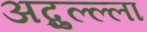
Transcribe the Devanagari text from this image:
अब्दुल्ल्ला